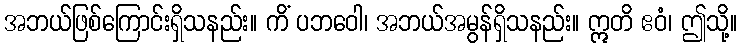
အဘယ်ဖြစ်ကြောင်းရှိသနည်း။ ကိံ ပဘဝေါ၊ အဘယ်အမွန်ရှိသနည်း။ ဣတိ ဧဝံ၊ ဤသို့။